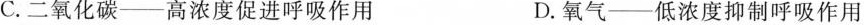
C.二氧化碳—高浓度促进呼吸作用 D.氧气—低浓度抑制呼吸作用